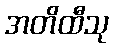
အတိထီသု